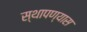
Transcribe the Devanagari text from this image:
स्थापण्यास